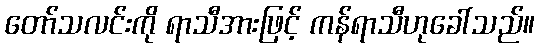
တော်သလင်းကို ရာသီအားဖြင့် ကန်ရာသီဟုခေါ်သည်။